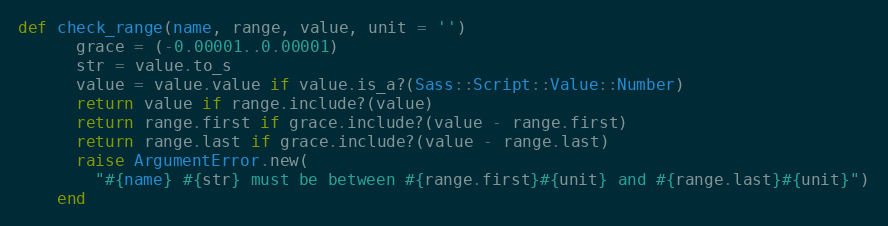
Language: Ruby
def check_range(name, range, value, unit = '')
      grace = (-0.00001..0.00001)
      str = value.to_s
      value = value.value if value.is_a?(Sass::Script::Value::Number)
      return value if range.include?(value)
      return range.first if grace.include?(value - range.first)
      return range.last if grace.include?(value - range.last)
      raise ArgumentError.new(
        "#{name} #{str} must be between #{range.first}#{unit} and #{range.last}#{unit}")
    end